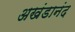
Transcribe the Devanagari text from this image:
अखंडानंद